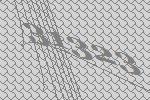
31323